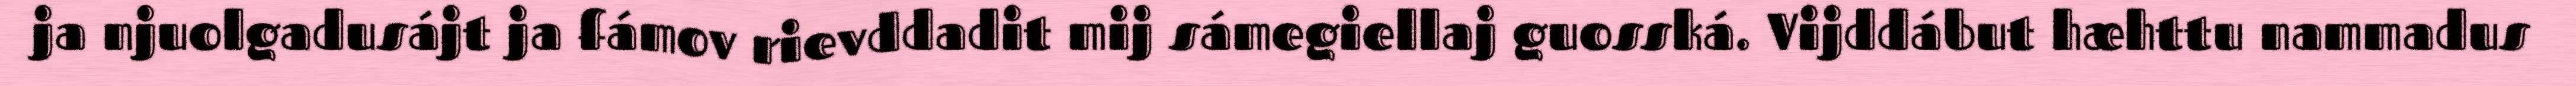
ja njuolgadusájt ja fámov rievddadit mij sámegiellaj guosská. Vijddábut hæhttu nammadus